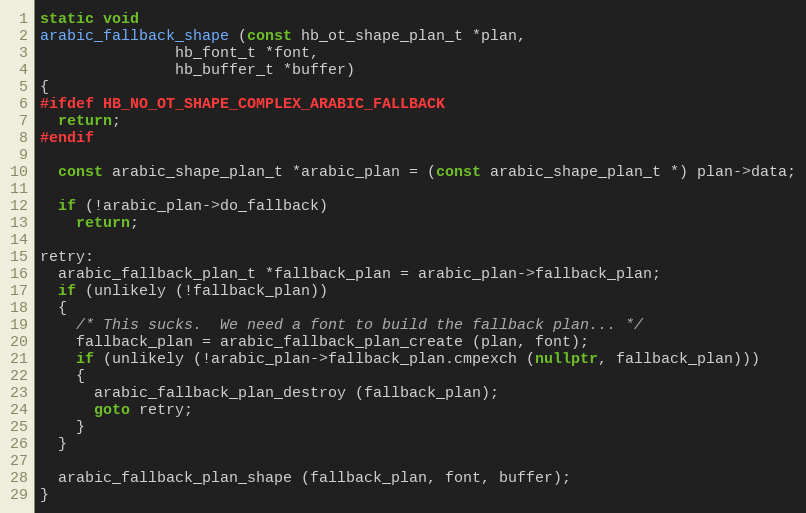
Language: C++
static void
arabic_fallback_shape (const hb_ot_shape_plan_t *plan,
		       hb_font_t *font,
		       hb_buffer_t *buffer)
{
#ifdef HB_NO_OT_SHAPE_COMPLEX_ARABIC_FALLBACK
  return;
#endif

  const arabic_shape_plan_t *arabic_plan = (const arabic_shape_plan_t *) plan->data;

  if (!arabic_plan->do_fallback)
    return;

retry:
  arabic_fallback_plan_t *fallback_plan = arabic_plan->fallback_plan;
  if (unlikely (!fallback_plan))
  {
    /* This sucks.  We need a font to build the fallback plan... */
    fallback_plan = arabic_fallback_plan_create (plan, font);
    if (unlikely (!arabic_plan->fallback_plan.cmpexch (nullptr, fallback_plan)))
    {
      arabic_fallback_plan_destroy (fallback_plan);
      goto retry;
    }
  }

  arabic_fallback_plan_shape (fallback_plan, font, buffer);
}